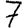
Digit: 7